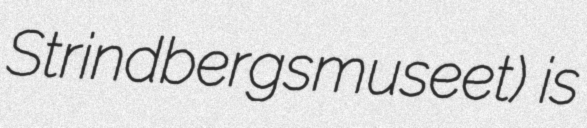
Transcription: Strindbergsmuseet) is